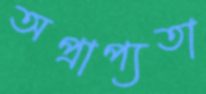
অপ্রাপ্যতা